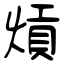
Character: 熕